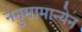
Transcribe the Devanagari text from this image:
ननुसामान्येन